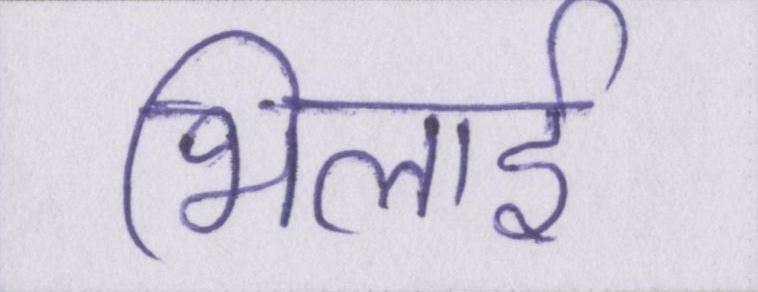
भिलाई